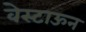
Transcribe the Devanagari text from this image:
वेस्टाऊन